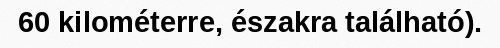
60 kilométerre, északra található).